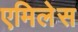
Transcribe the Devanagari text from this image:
एमिलेस